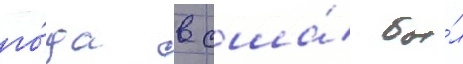
го́да в сша́ бы́л